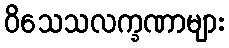
ဝိသေသလက္ခဏာများ